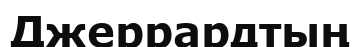
Джеррардтың